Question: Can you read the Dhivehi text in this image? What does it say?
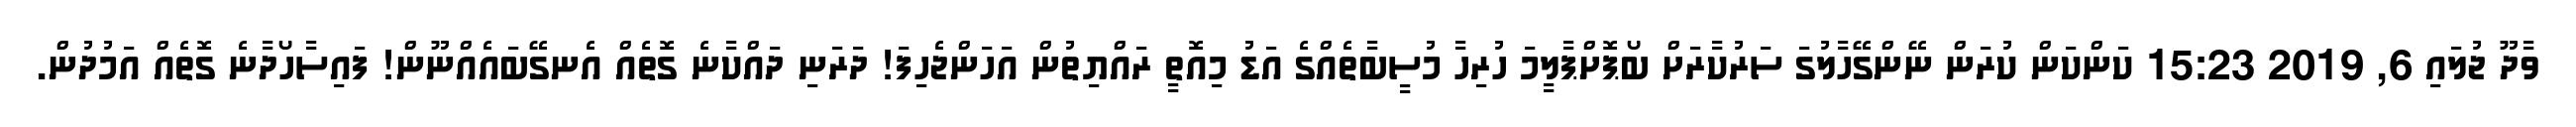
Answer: ވާދޫ ޖުލައި 6, 2019 15:23 ކަންކަން ކުރަން ނޭންގޭހާލުގަ ސަރުކާރަށް ބޯޕޮށްޕާލީމަ ހުރިހާ މުސީބާތެއްގެ އަޑު މިއޮތީ ރައްޔިތުން އަހަންޖެހިފަ! ދަރަނި ދައްކާނެ ގޮތެއް އެނގޭބައެއްނޫން! ފައިސާހޯދާނެ ގޮތެއް އަމުދުން.